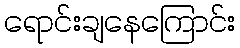
ရောင်းချနေကြောင်း